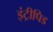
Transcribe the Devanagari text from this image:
इंट्रीपिड